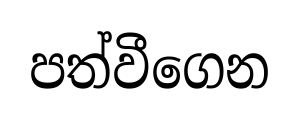
පත්වීගෙන